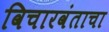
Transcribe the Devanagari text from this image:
विचारवंताचा